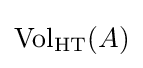
\operatorname {Vol} _{\text{HT}}(A)